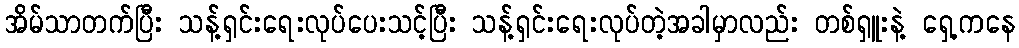
အိမ်သာတက်ပြီး သန့်ရှင်းရေးလုပ်ပေးသင့်ပြီး သန့်ရှင်းရေးလုပ်တဲ့အခါမှာလည်း တစ်ရှူးနဲ့ ရှေ့ကနေ